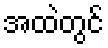
အထဲတွင်